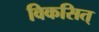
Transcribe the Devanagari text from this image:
विकसित्